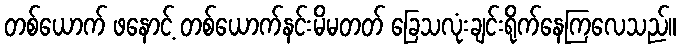
တစ်ယောက် ဖနောင့် တစ်ယောက်နင်းမိမတတ် ခြေသလုံးချင်းရိုက်နေကြလေသည်။